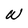
Character: W